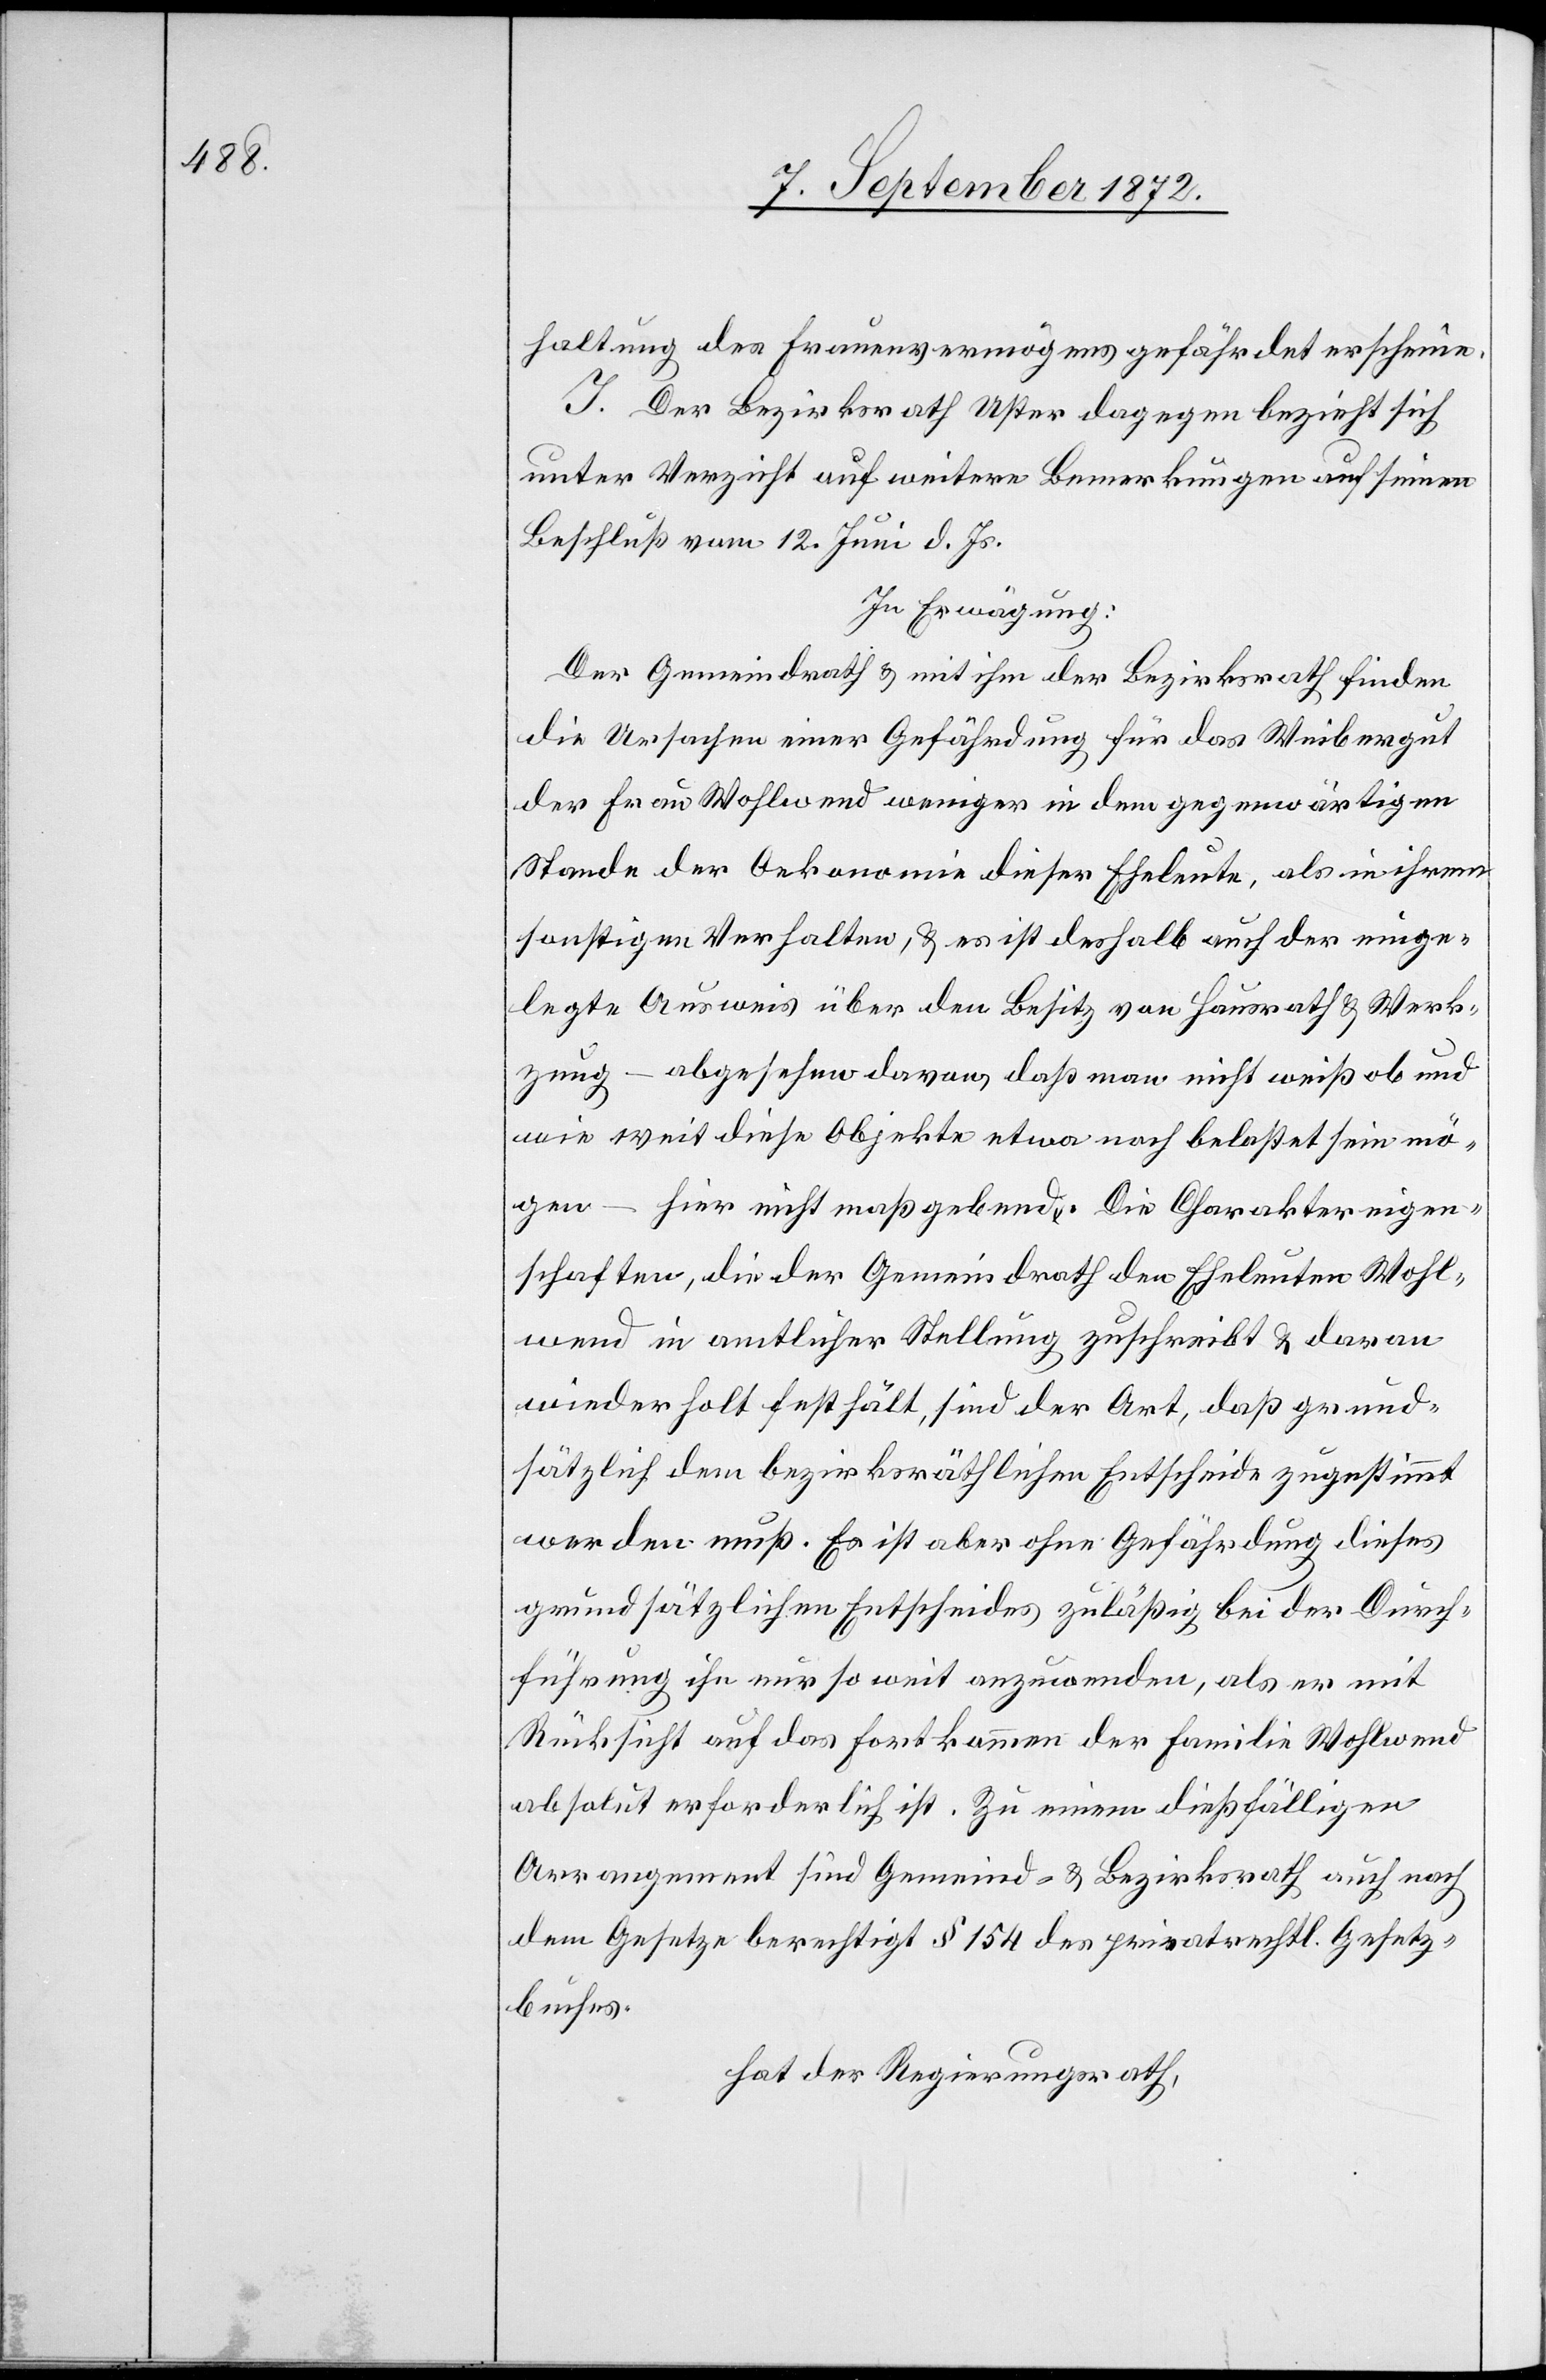
haltung des Frauenvermögens gefährdet erscheine.
I. Der Bezirksrath Uster dagegen bezieht sich
unter Verzicht auf weitere Bemerkungen auf seinen
Beschluß vom 12. Juni d. Js.
In Erwägung:
Der Gemeindrath u. mit ihm der Bezirksrath finden
die Ursachen einer Gefährdung für das Weibergut
der Frau Wohlwend weniger in dem gegenwärtigen
Stande der Oekonomie dieser Eheleute, als in ihrem
sonstigen Verhalten, u. es ist deshalb auch der einge¬
legte Ausweis über den Besitz von Hausrath u. Werk¬
zeug – abgesehen davon, daß man nicht weiß ob und
wie weit diese Objekte etwa noch belastet sein mö¬
gen – hier nicht maßgebend. Die Charaktereigen¬
schaften, die der Gemeindrath den Eheleuten Wohl¬
wend in amtlicher Stellung zuschreibt u. daran
wiederholt festhält, sind der Art, daß grund¬
sätzlich dem bezirksräthlichen Entscheide zugestimmt
werden muß. Es ist aber ohne Gefährdung dieses
grundsätzlichen Entscheides zuläßig bei der Durch¬
führung ihn nur so weit anzuwenden, als er mit
Rücksicht auf das Fortkommen der Familie Wohlwend
absolut erforderlich ist. Zu einem dießfälligen
Arrangement sind Gemeind- u. Bezirksrath auch nach
dem Gesetze berechtigt [nach] § 154 des privatrechtl. Gesetz¬
buches.
hat der Regierungsrath,